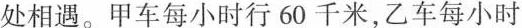
处相遇。甲车每小时行60千米，乙车每小时